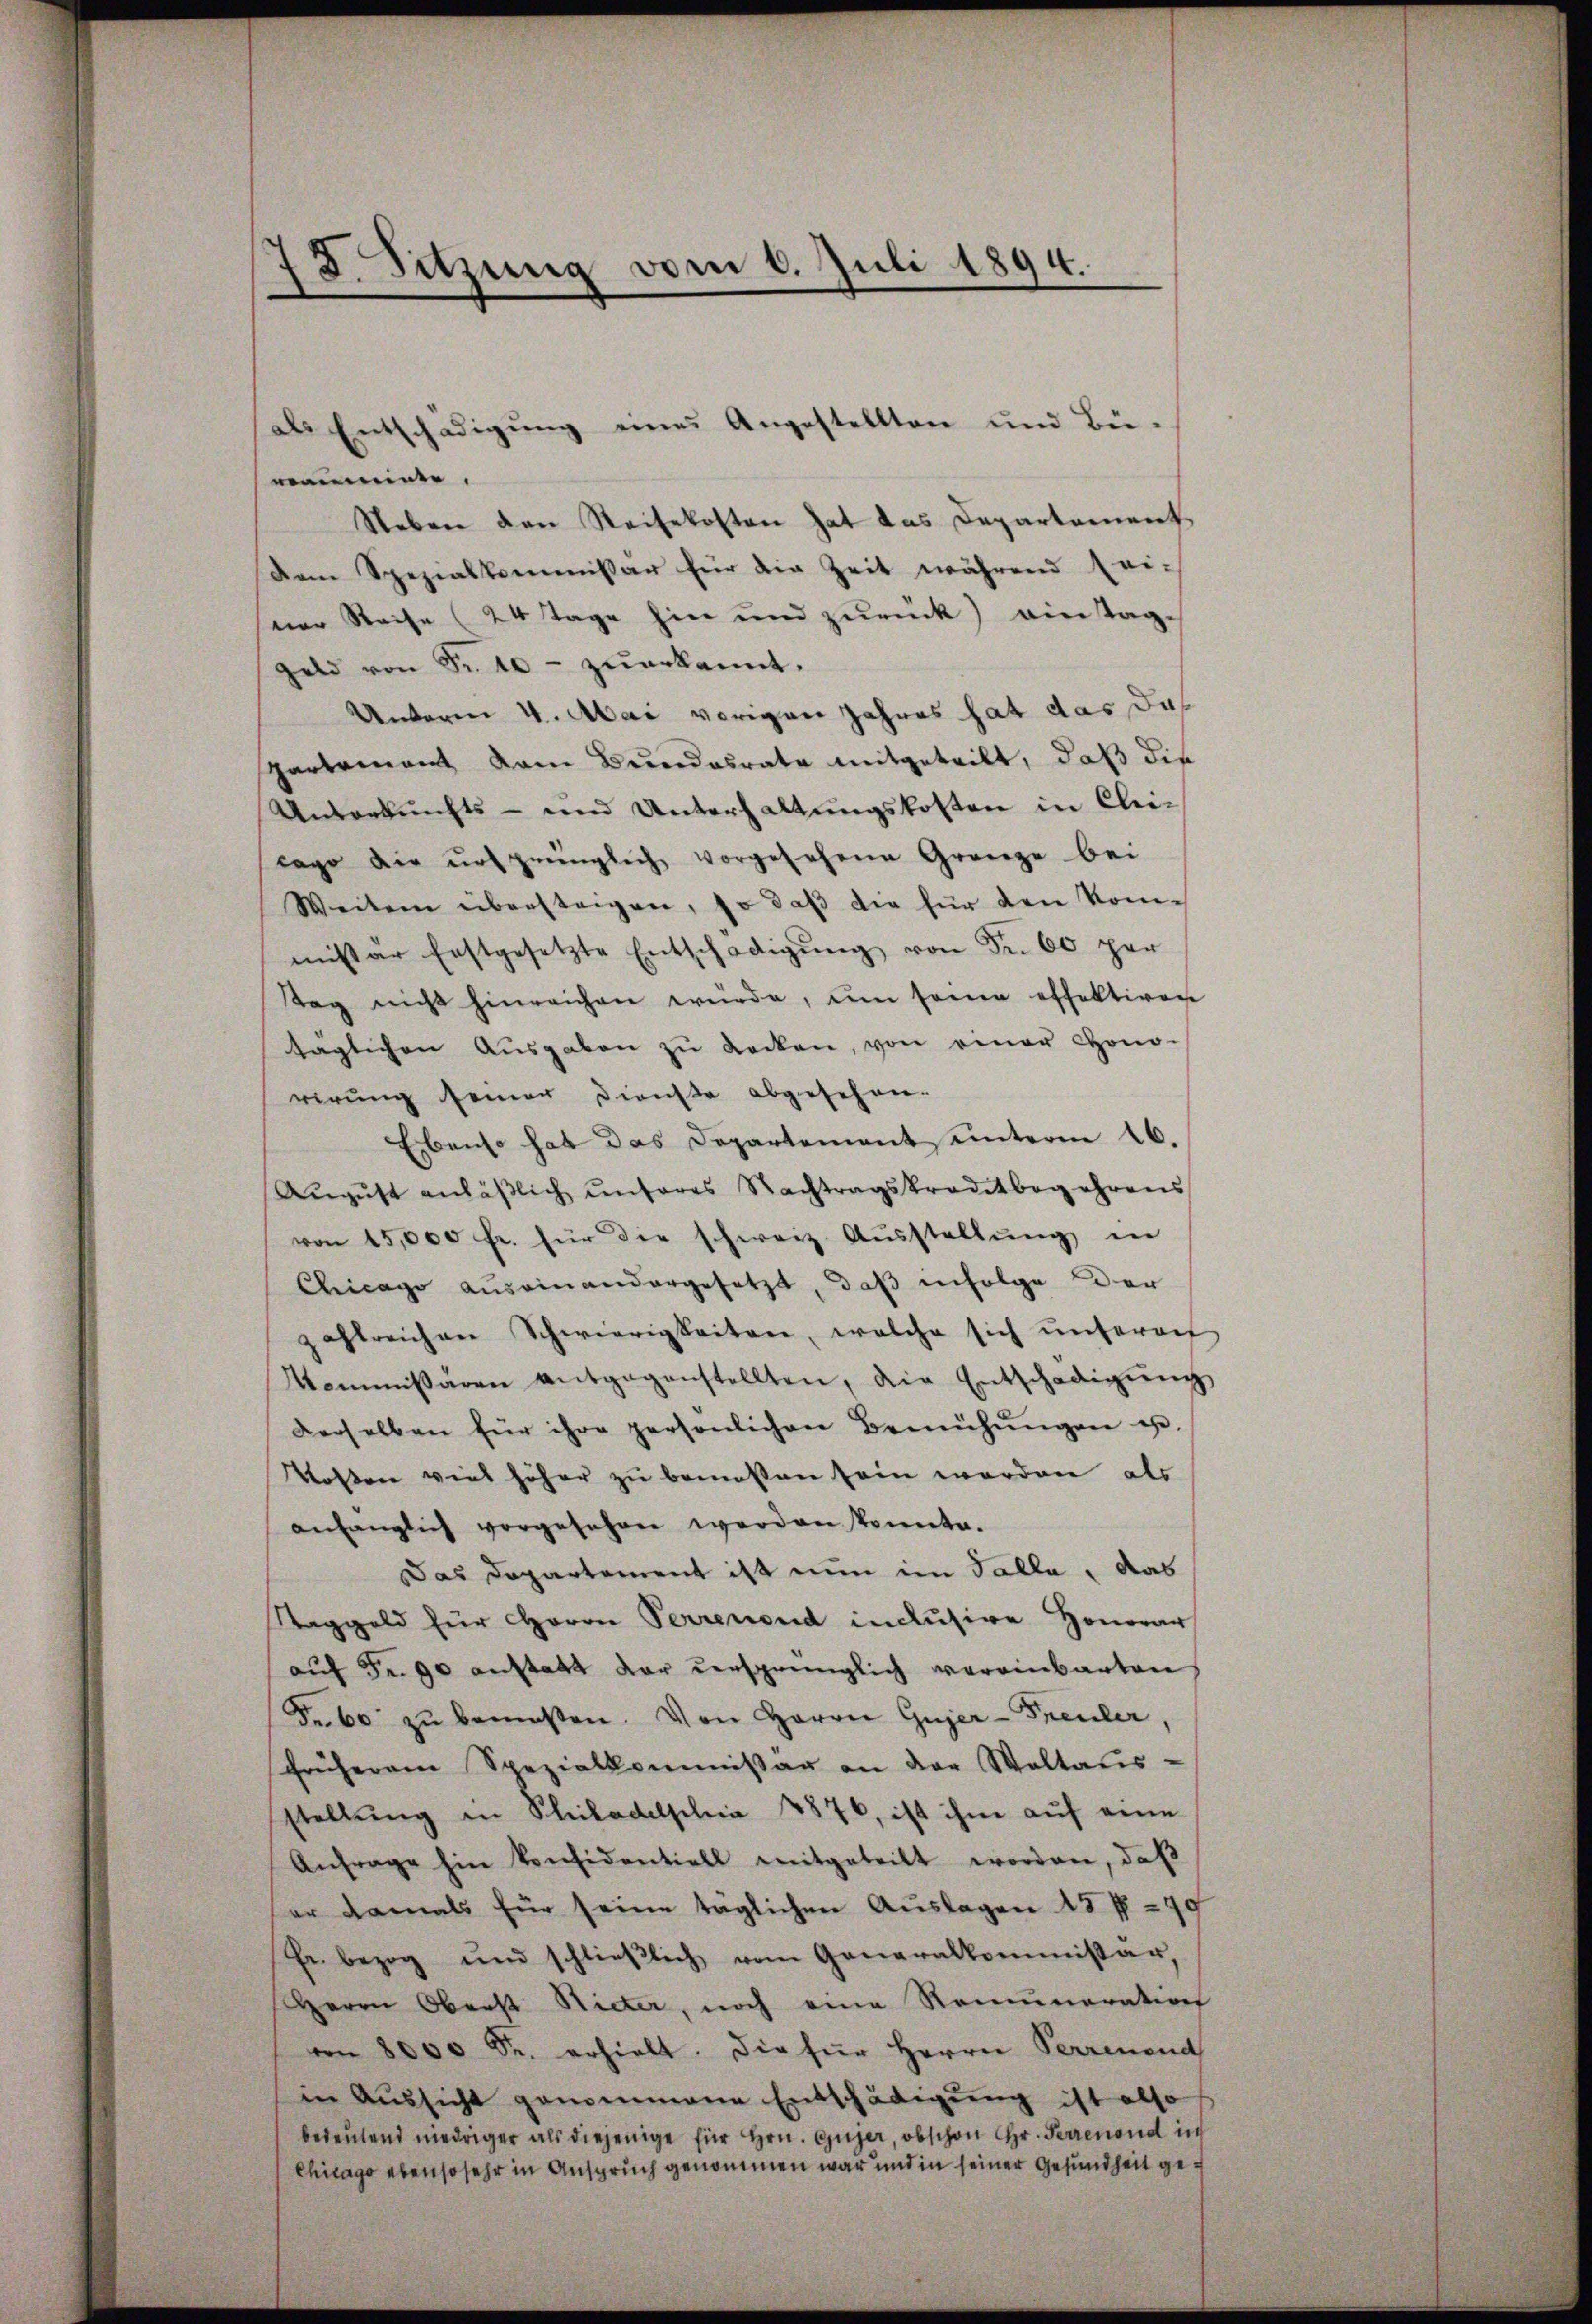
78. Sitzung vom 6. Juli 1894.

mum.
Neben den Reisekosten hat das Departement
Dem Spezialkommissar für die Zeit während sei-
ner Reise (24 Tage hin und zurück) eintaggeld von Fr. 10 - zŭerkannt.
Unterm 4. Mai vorigen Jahres hat das Jah
Partement vom Bundesrate mitgeteilt, daß die
Unterkunfts- und Unterhaltungskosten in Kleicago die ursprünglich vorgesehene Gränze bei
Weitern übersteigen, so daβ die für den Kommister festgesetzte Entschädigŭng von Fr. 60 per
Tag nicht hinreichen würde, um seine effektiven
täglichen Aŭsgaben zŭ decken, von einer Hono-
rirung seiner Dienste abgesehen-
Ebenso hat das Departement unterm 16.
Aŭgŭst anläβlich unseres Nachtragskreditbegehrens
von 15,000 fr. für die schweiz. Ausstellung in
Chicago auseinandergesetzt, daß infolge der
zahlreichen Schwierigkeiten, welche sich unserer
Kommissären entgegenstellten, die Entschädigŭng
derselben für ihre persönlichen Bemühŭngen u.
Kosten viel höher zu bemessen sein worden, als
anfänglich vorgesehen werden konnte.
Das Departement ist nun im Falle, das
Taggeld zur Herrn Perrenend inclusive Honorar
aŭf Fr. 90 anstatt der versprünglich vereinbarten
Fr. 60 zŭ bemessen. Von Herrn Gujer-Preuler,
früherem Spezialkommissär an der Waltaŭs-
stellŭng in Philadelphia 8876, ist ihm auf eine
Anfrage hin konsidentiell mitgeteilt worden, daβ
er damals für seine täglichen Auslagen 15 ff. 79
Fr. bezog und schlieβlich vom Generalkommissär,
Herrn Oberst Nieter, noch eine Remuneration
von 8000 Fr. erhielt. Die für Herrn Perrenend
in Aussicht genommene Entschädigung ist also
bedeŭtend niedriger als diejenige für hrn. Gujer, obschon Hr. Perrenond in
Chicago ebensosehr in Anspruch genommen war und in seiner Gesundheit ge¬

als Entschädigŭng eines Angestellten und Bü-